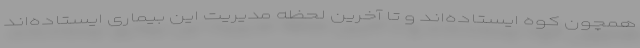
همچون کوه ایستاده‌اند و تا آخرین لحظه مدیریت این بیماری ایستاده‌اند